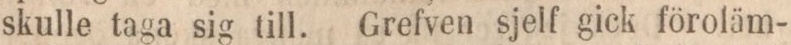
skulle taga sig till. Grefven sjelf gick föroläm-